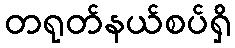
တရုတ်နယ်စပ်ရှိ